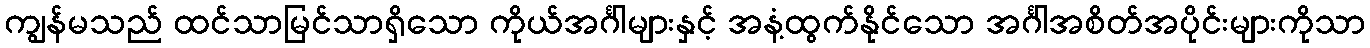
ကျွန်မသည် ထင်သာမြင်သာရှိသော ကိုယ်အင်္ဂါများနှင့် အနံ့ထွက်နိုင်သော အင်္ဂါအစိတ်အပိုင်းများကိုသာ